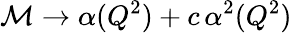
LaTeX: {\cal M}\to\alpha(Q^{2})+c\, \alpha^{2}(Q^{2})